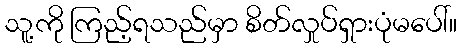
သူ့ကို ကြည့်ရသည်မှာ စိတ်လှုပ်ရှားပုံမပေါ်။